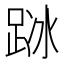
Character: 𨀰